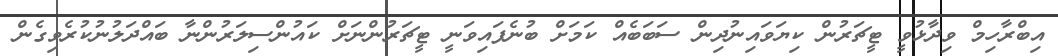
އިބްރާހިމް ވިދާޅުވީ ޓީޗަރުން ކިޔަވައިނުދިން ސަަބަބެއް ކަމަށް ބުނެފައިވަނީ ޓީޗަރުންނަށް ކައުންސިލަރުންނާ ބައްދަލުނުކުރެވިގެން